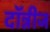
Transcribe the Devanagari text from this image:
दॉन्नीज